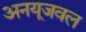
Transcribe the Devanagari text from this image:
अनयूजवल